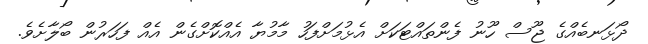
ދޯޅަނބެއްގެ ޖޫސް ހޫނު ފެންތައްޓަކަށް އެޅުމަށްފަހު މާމުޔާ އެއްކޮށްގެން އެއް ފަހަރުން ބޯލާށެވެ.